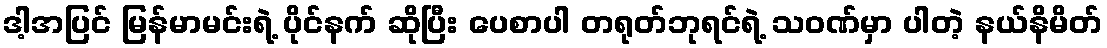
ဒါ့အပြင် မြန်မာမင်းရဲ့ ပိုင်နက် ဆိုပြီး ပေစာပါ တရုတ်ဘုရင်ရဲ့ သဝဏ်မှာ ပါတဲ့ နယ်နိမိတ်